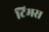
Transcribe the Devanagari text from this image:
टिमस